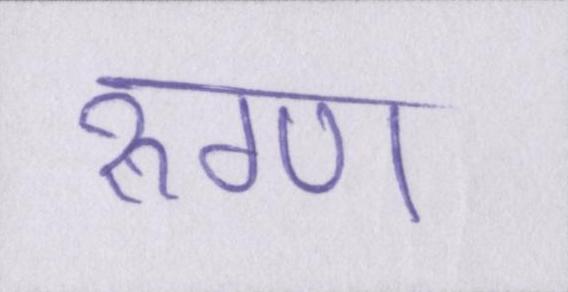
रुग्ण